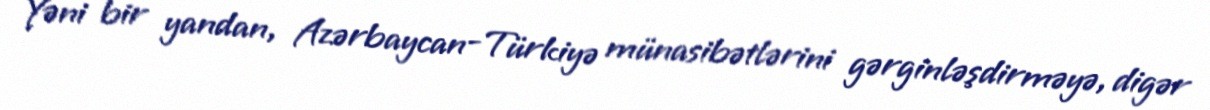
Yəni bir yandan, Azərbaycan-Türkiyə münasibətlərini gərginləşdirməyə, digər